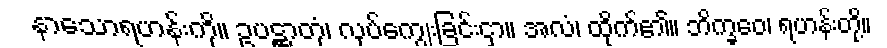
နာသောရဟန်းကို။ ဥပဋ္ဌာတုံ၊ လုပ်ကျွေးခြင်းငှာ။ အလံ၊ ထိုက်၏။ ဘိက္ခဝေ၊ ရဟန်းတို့။